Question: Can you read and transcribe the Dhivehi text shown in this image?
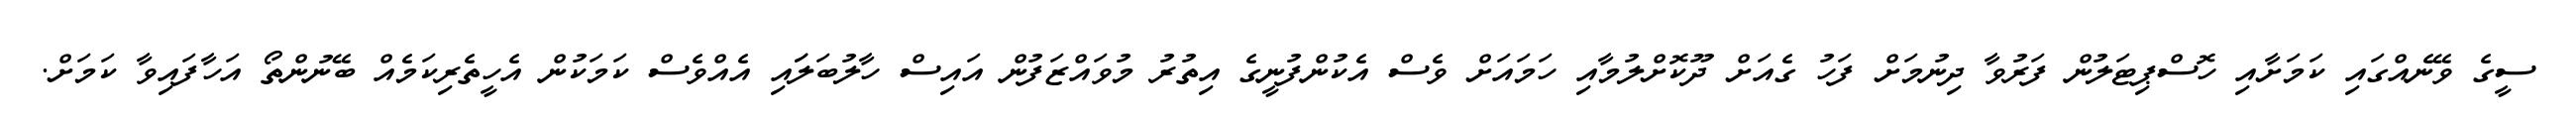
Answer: ސީގެ ވޭނެއްގައި ކަމަށާއި ހޮސްޕިޓަލުން ފަރުވާ ދިނުމަށް ފަހު ގެއަށް ދޫކޮށްލުމާއި ހަމައަށް ވެސް އެކުންފުނީގެ އިތުރު މުވައްޒަފުން އައިސް ހާލުބަލަައި އެއްވެސް ކަމަކުން އެހީތެރިކަމެއް ބޭނުންތޯ އަހާފައިވާ ކަމަށް.